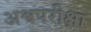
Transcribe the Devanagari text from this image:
अश्वपरीक्षा